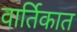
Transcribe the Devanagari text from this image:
वार्तिकात